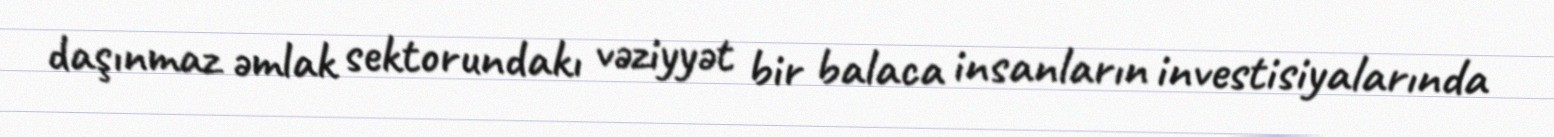
daşınmaz əmlak sektorundakı vəziyyət bir balaca insanların investisiyalarında